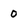
Character: 0